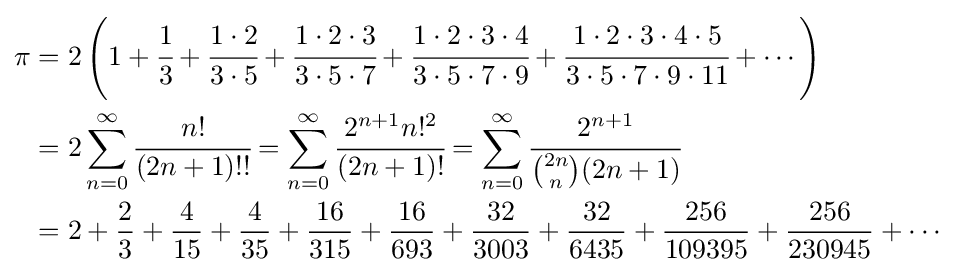
{\begin{aligned}\pi &=2\left(1+{\cfrac {1}{3}}+{\cfrac {1\cdot 2}{3\cdot 5}}+{\cfrac {1\cdot 2\cdot 3}{3\cdot 5\cdot 7}}+{\cfrac {1\cdot 2\cdot 3\cdot 4}{3\cdot 5\cdot 7\cdot 9}}+{\cfrac {1\cdot 2\cdot 3\cdot 4\cdot 5}{3\cdot 5\cdot 7\cdot 9\cdot 11}}+\cdots \right)\\&=2\sum _{n=0}^{\infty }{\cfrac {n!}{(2n+1)!!}}=\sum _{n=0}^{\infty }{\cfrac {2^{n+1}n!^{2}}{(2n+1)!}}=\sum _{n=0}^{\infty }{\cfrac {2^{n+1}}{{\binom {2n}{n}}(2n+1)}}\\&=2+{\frac {2}{3}}+{\frac {4}{15}}+{\frac {4}{35}}+{\frac {16}{315}}+{\frac {16}{693}}+{\frac {32}{3003}}+{\frac {32}{6435}}+{\frac {256}{109395}}+{\frac {256}{230945}}+\cdots \end{aligned}}